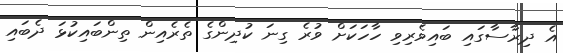
އެ ދިރާސާގައި ބައިވެރިވި ހާހަކަށް ވުރެ ގިނަ ކުދިންގެ ތެރެއިން ތިންބައިކުޅަ ދެބައި